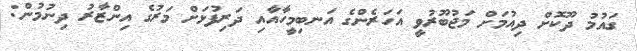
ގައުމު ދޫކޮށް ދިއުމަށް މަޖުބޫރުވީ އަހަރެންގެ އަނބިމީހާއާއި ދަރިފުޅަށް މަރުގެ އިންޒާރު ދިނުމުން: